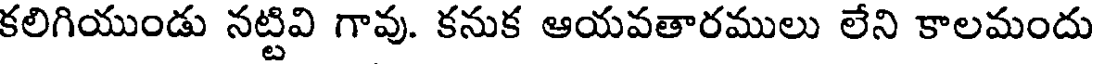
కలిగియుండు నట్టివి గావు. కనుక ఆయవతారములు లేని కాలమందు